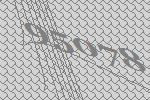
95078